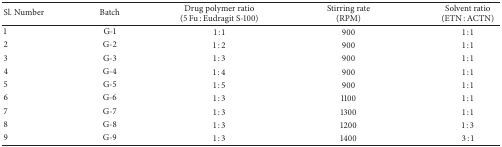
<table><thead><tr><td><b>Sl. Number</b></td><td><b>Batch</b></td><td><b>Drug polymer ratio(5 Fu : Eudragit S-100)</b></td><td><b>Stirring rate(RPM)</b></td><td><b>Solvent ratio(ETN : ACTN)</b></td></tr></thead><tbody><tr><td>1</td><td>G-1</td><td>1 : 1 </td><td>900</td><td>1 : 1</td></tr><tr><td>2</td><td>G-2</td><td>1 : 2 </td><td>900</td><td>1 : 1</td></tr><tr><td>3</td><td>G-3</td><td>1 : 3 </td><td>900</td><td>1 : 1</td></tr><tr><td>4</td><td>G-4</td><td>1 : 4 </td><td>900</td><td>1 : 1</td></tr><tr><td>5</td><td>G-5</td><td>1 : 5 </td><td>900</td><td>1 : 1</td></tr><tr><td>6</td><td>G-6</td><td>1 : 3 </td><td>1100</td><td>1 : 1</td></tr><tr><td>7</td><td>G-7</td><td>1 : 3 </td><td>1300</td><td>1 : 1</td></tr><tr><td>8</td><td>G-8</td><td>1 : 3 </td><td>1200</td><td>1 : 3</td></tr><tr><td>9</td><td>G-9</td><td>1 : 3 </td><td>1400</td><td>3 : 1</td></tr></tbody></table>